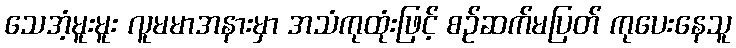
သေအံ့မူးမူး လူမမာအနားမှာ အသံကုထုံးဖြင့် စဉ်ဆက်မပြတ် ကုပေးနေသူ